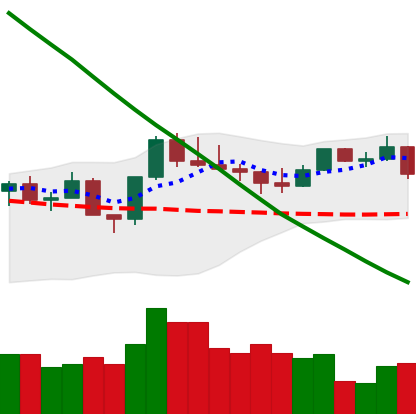
Ticker: LTC-USD
Chart end date: 2022-08-09
Forward return: 6.832%
Label: up_5_7